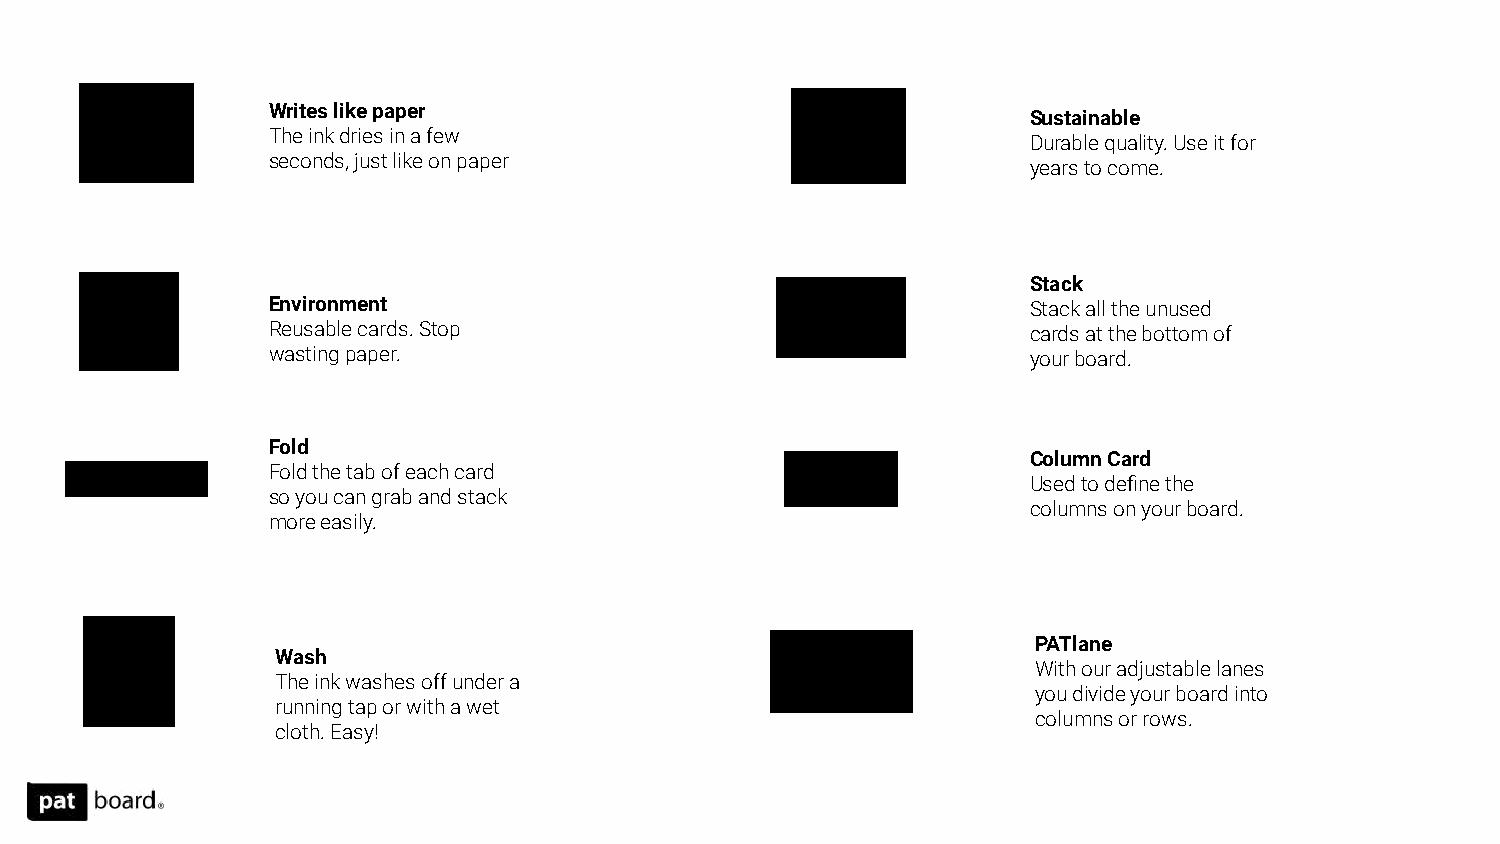
Writes like paper
 Sustainable
 The ink dries in a few
 Durable quality. Use it for
 seconds, just like on paper
 years to come.
 Stack
 Environment                                       Stack all the unused
 Reusable cards. Stop                              cards at the bottom of
 wasting paper.                                    your board.
 Fold
 Column Card
 Fold the tab of each card
 Used to define the
 so you can grab and stack
 columns on your board.
 more easily.
 PATlane
 Wash
 With our adjustable lanes
 The ink washes off under a
 you divide your board into
 running tap or with a wet
 columns or rows.
 cloth. Easy!